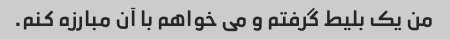
من یک بلیط گرفتم و می خواهم با آن مبارزه کنم.